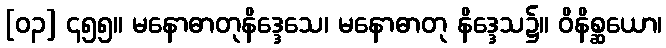
[၀၃] ၄၅၅။ မနောဓာတုနိဒ္ဒေသေ၊ မနောဓာတု နိဒ္ဒေသ၌။ ဝိနိစ္ဆယော၊